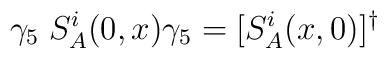
\gamma_5 \; S_A^i(0,x)\gamma_5 = [S_A^i(x,0)]^\dagger